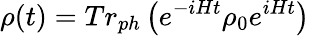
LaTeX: \rho(t)=Tr_{ph}\left(e^{-iHt}\rho_{0}e^{iHt}\right)